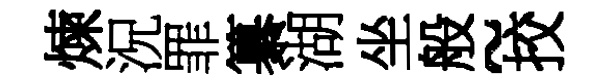
煉況罪纂湖坐般~挍